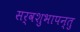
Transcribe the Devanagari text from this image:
सर्वशुभापन्तु